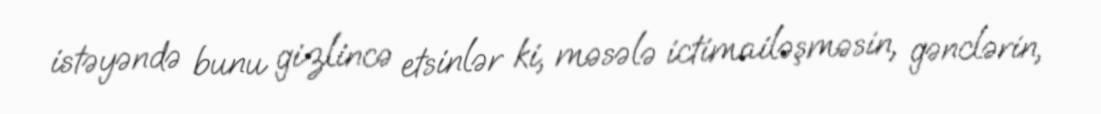
istəyəndə bunu gizlincə etsinlər ki, məsələ ictimailəşməsin, gənclərin,